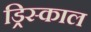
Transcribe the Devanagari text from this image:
ड्रिस्काल